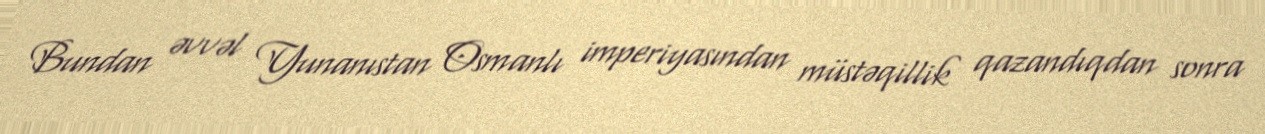
Bundan əvvəl Yunanıstan Osmanlı imperiyasından müstəqillik qazandıqdan sonra